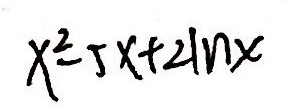
x ^ { 2 } - 5 x + 2 1 n x